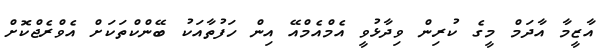
އާޒީމާ އާދަމް މީގެ ކުރިން ވިދާޅުވީ އެމްއެމްއޭ އިން ހަފުތާއަކު ބޭންކްތަކަށް އެވްރެޖްކޮށް